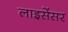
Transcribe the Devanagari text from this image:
लाइसेंसर